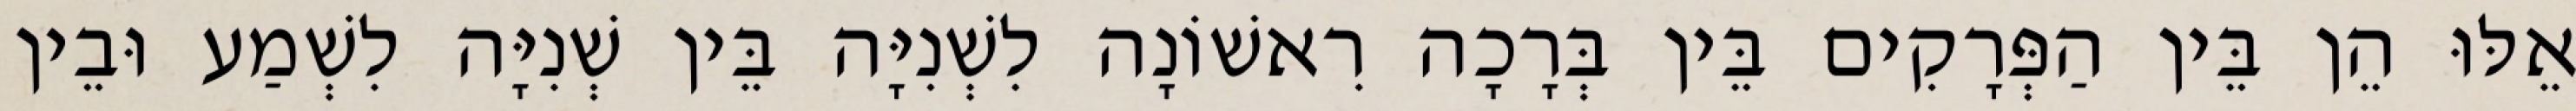
אֵלּוּ הֵן בֵּין הַפְּרָקִים בֵּין בְּרָכָה רִאשׁוֹנָה לִשְׁנִיָּה בֵּין שְׁנִיָּה לִשְׁמַע וּבֵין